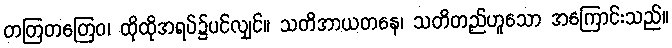
တတြတတြေဝ၊ ထိုထိုအရပ်၌ပင်လျှင်။ သတိအာယတနေ၊ သတိတည်ဟူသော အကြောင်းသည်။